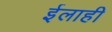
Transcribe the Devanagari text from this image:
ईलाही